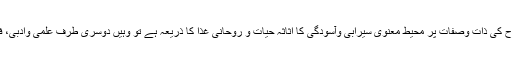
اس لئے یہ کتاب جہاں ایک طرف حافظ جی رح کی ذات وصفات پر محیط معنوی سیرابی وآسودگی کا اثاثہ حیات و روحانی غذا کا ذریعہ ہے تو وہیں دوسری طرف علمی وادبی، فکری وفنی رنگینیوں کا بحر بیکراں بھی ہے ۔